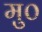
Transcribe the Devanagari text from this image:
मु०